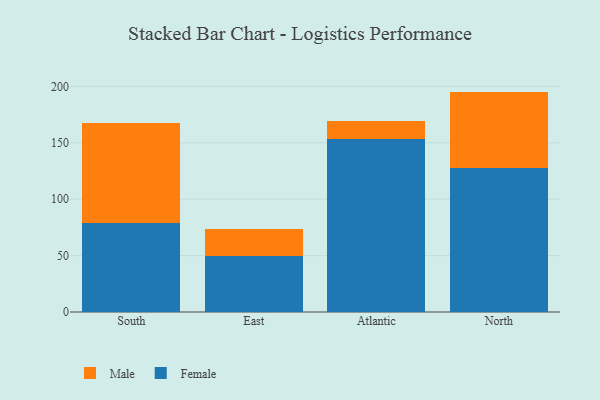
{"axis": {"x": "Region", "y": "Latency (ms)"}, "legend": ["Female", "Male"], "data": [{"x": "South", "y": 79.2, "type": "Female"}, {"x": "South", "y": 88.6, "type": "Male"}, {"x": "East", "y": 50.0, "type": "Female"}, {"x": "East", "y": 23.2, "type": "Male"}, {"x": "Atlantic", "y": 153.0, "type": "Female"}, {"x": "Atlantic", "y": 16.5, "type": "Male"}, {"x": "North", "y": 127.3, "type": "Female"}, {"x": "North", "y": 68.1, "type": "Male"}]}